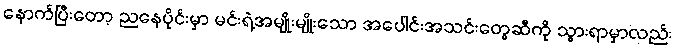
နောက်ပြီးတော့ ညနေပိုင်းမှာ မင်းရဲ့အမျိုးမျိုးသော အပေါင်းအသင်းတွေဆီကို သွားရာမှာလည်း